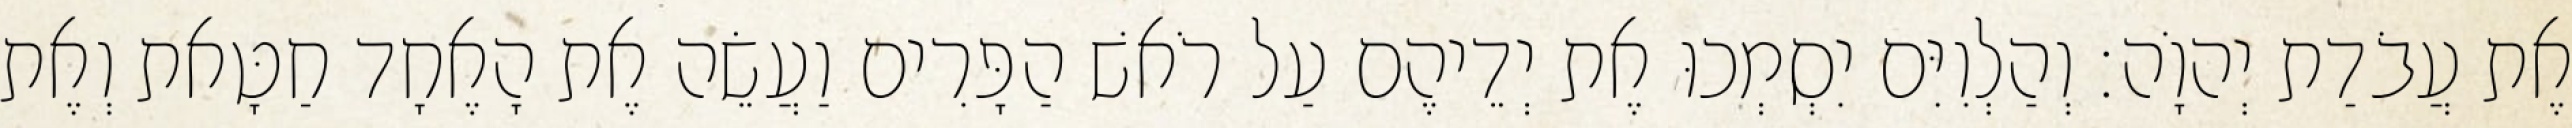
אֶת עֲבֹדַת יְהוָֹה׃ וְהַלְוִיִּם יִסְמְכוּ אֶת יְדֵיהֶם עַל רֹאשׁ הַפָּרִים וַעֲשֵׂה אֶת הָאֶחָד חַטָּאת וְאֶת